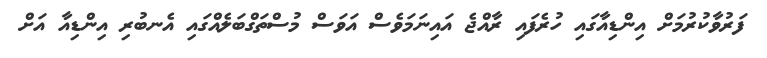
ފަރުވާކުރުމަށް އިންޑިއާގައި ހުރެފައި ރާއްޖެ އައިނަމަވެސް އަވަސް މުސްތަގްބަލެއްގައި އެނބުރި އިންޑިއާ އަށް